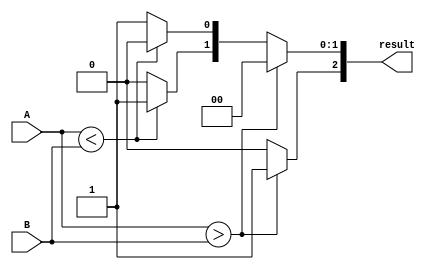
module parameterized_comparator #(parameter N = 8) (
    input wire [N-1:0] A,      // First input
    input wire [N-1:0] B,      // Second input
    output reg [2:0] result     // Output: {A > B, A < B, A == B}
);

// Always block to monitor changes in inputs A and B
always @(*) begin
    // Reset result
    result = 3'b000; // Default: A < B

    // Compare A and B
    if (A > B) begin
        result[2] = 1'b1; // A is greater
    end else if (A < B) begin
        result[1] = 1'b1; // B is greater
    end else begin
        result[0] = 1'b1; // A is equal to B
    end
end

endmodule